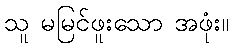
သူ မမြင်ဖူးသော အဖုံး။